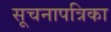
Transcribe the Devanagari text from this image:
सूचनापत्रिका